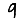
Digit: 9